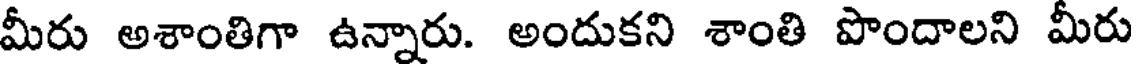
మీరు అశాంతిగా ఉన్నారు. అందుకని శాంతి పొందాలని మీరు